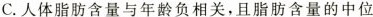
C.人体脂肪含量与年龄负相关，且脂肪含量的中位